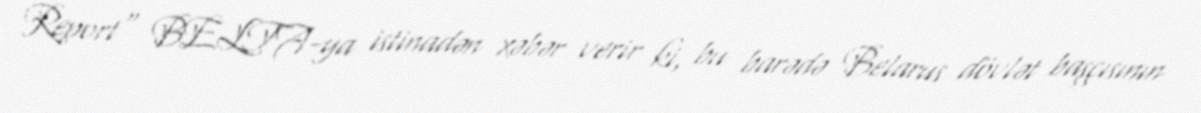
Report" BELTA-ya istinadən xəbər verir ki, bu barədə Belarus dövlət başçısının